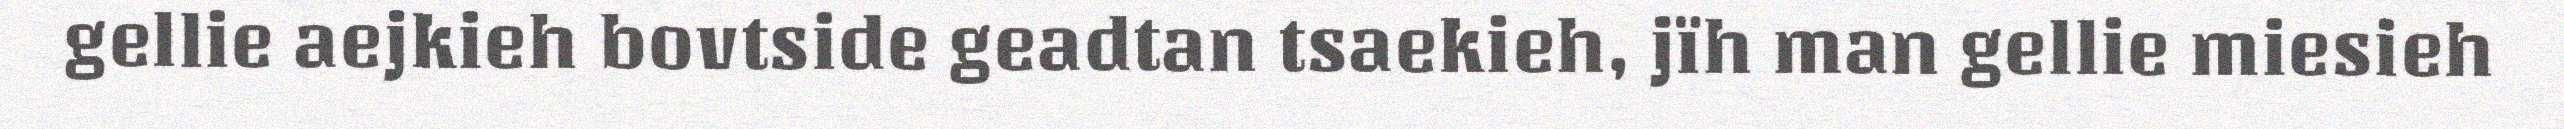
gellie aejkieh bovtside geadtan tsaekieh, jïh man gellie miesieh